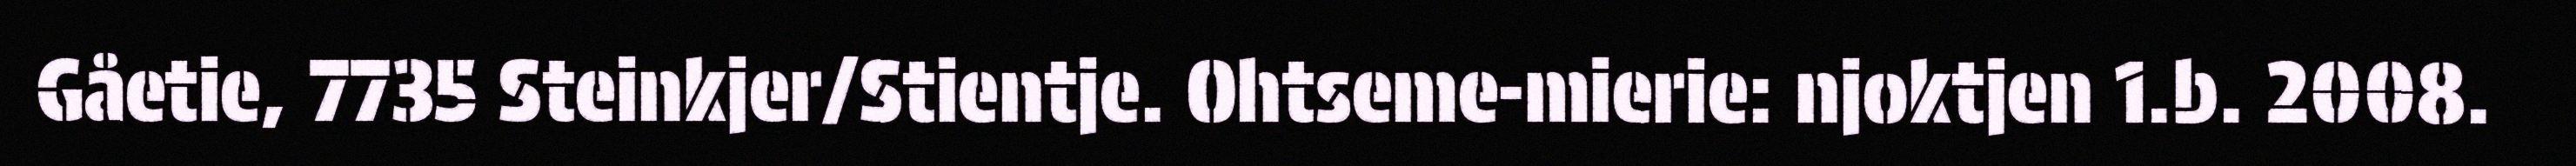
Gåetie, 7735 Steinkjer/Stientje. Ohtseme-mierie: njoktjen 1.b. 2008.